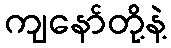
ကျနော်တို့နဲ့